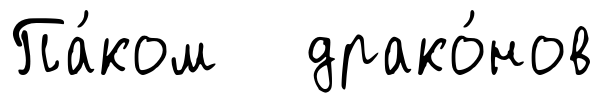
Па́ком драко́нов